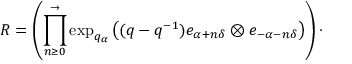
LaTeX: R = \left( \prod _ { n \geq 0 } ^ { \rightarrow } \exp _ { q _ { \alpha } } \left( ( q - q ^ { - 1 } ) e _ { \alpha + n \delta } \otimes e _ { - \alpha - n \delta } \right) \right) \cdot